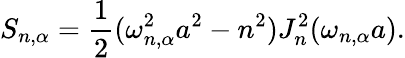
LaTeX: S_{n,\alpha}=\frac{1}{2}(\omega_{n,\alpha}^{2}a^{2}-n^{2})J_{n}^{2}(\omega_{n,\alpha}a).